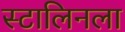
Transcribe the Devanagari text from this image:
स्टालिनला